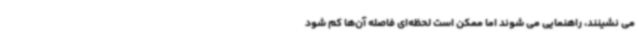
می نشینند، راهنمایی می شوند اما ممکن است لحظه‌ای فاصله آن‌ها کم شود